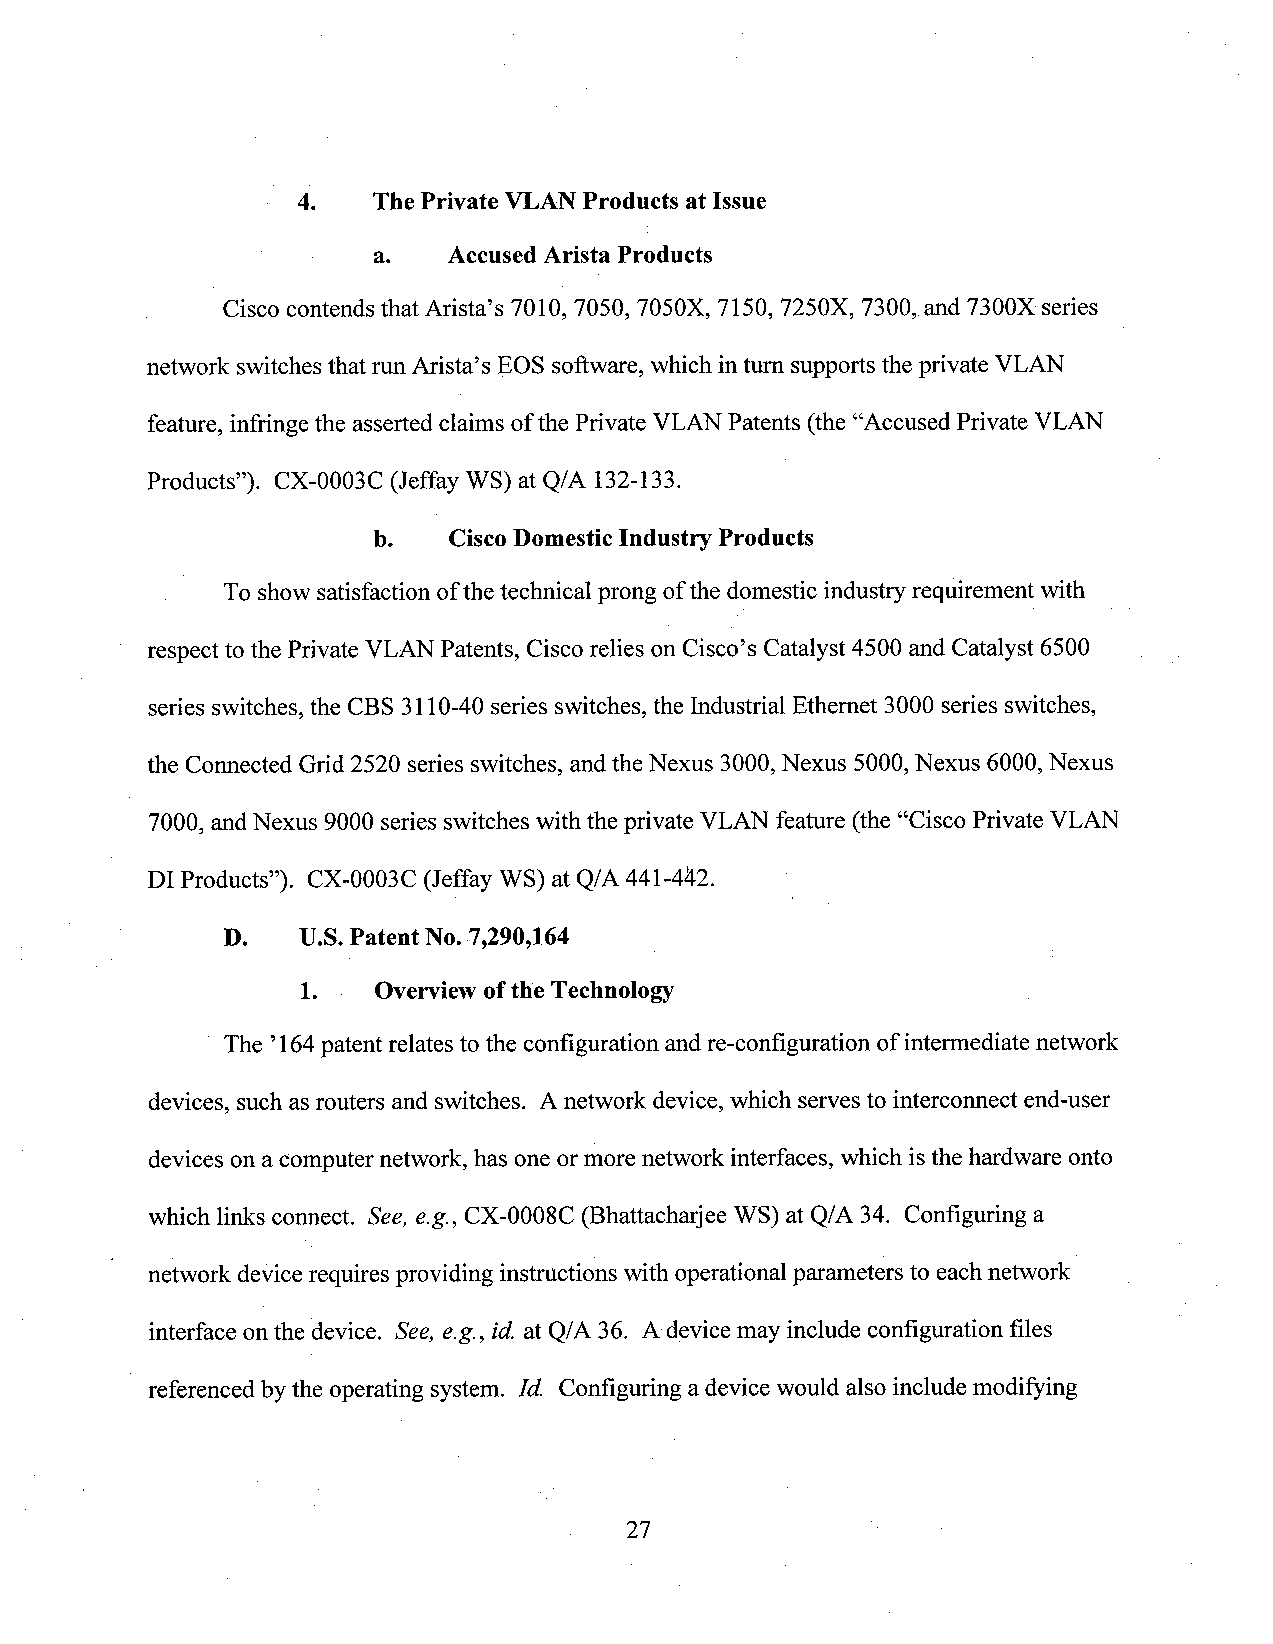
4.   The Private VLANProducts at Issue
 a.   AccusedArista Products
 Cisco contends that Arista’s 7010, 7050, 7050X, 7150, 7250X, 7300, and 7300X series
 network switches that run Arista’s EOS software, which intum supports the private VLAN
 feature, infringe the asserted claims ofthe Private VLAN Patents (the “Accused Private VLAN
 Products”). CX-0003C (Jeffay WS) at Q/A 132-133. 1
 b.   CiscoDomesticIndustry Products
 . VTo show satisfaction ofthe technical prong of the domestic industry requirement with
 respect to the Private VLAN Patents, Cisco relies on Cisco’s Catalyst 4500 and Catalyst 6500
 series switches, the CBS 3110-40 series switches, the Industrial Ethernet 3000 series switches,
 the Connected Grid 2520 series switches, and theNexus 3000,Nexus 5000,Nexus 6000,Nexus
 7000, andNexus 9000 series switches with the private VLAN feature (the “Cisco Private VLAN
 DI Products”). CX-0003C (Jeffay WS) at Q/A 441-442.
 D.   U.S. Patent No. 7,290,164
 1.   Overview ofthe Technology
 The ’164patent relates to the configuration and re-configuration ofintermediate network
 devices, such as routers and switches. A network device, which serves to interconnect end-user
 devices ona computer network, has one or more network interfaces, which isthe hardware onto
 which links connect. See, e.g., CX-0008C (Bhattacharjee WS) at Q/A 34. Configuring a
 network device requires providing instructions with operational parameters to eachnetwork‘
 interface on the device. See, e.g., id. at Q/A 36. A device may include configuration files
 referenced by the operating system. Id. Configuring adevice would also include modifying
 27